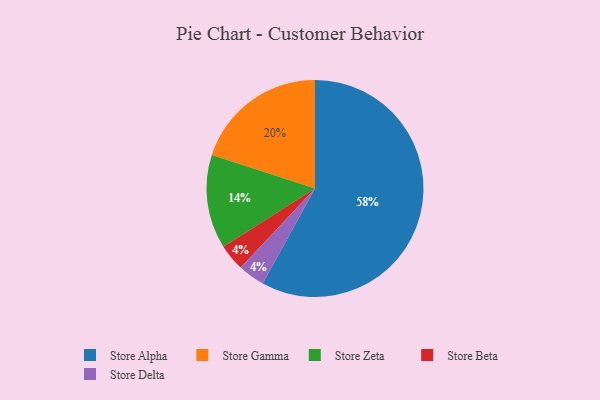
{"axis": {"x": "Category", "y": "Percentage"}, "legend": ["Store Alpha", "Store Beta", "Store Delta", "Store Gamma", "Store Zeta"], "data": [{"x": "Store Zeta", "y": 14, "type": "Store Zeta"}, {"x": "Store Gamma", "y": 20, "type": "Store Gamma"}, {"x": "Store Beta", "y": 4, "type": "Store Beta"}, {"x": "Store Alpha", "y": 58, "type": "Store Alpha"}, {"x": "Store Delta", "y": 4, "type": "Store Delta"}]}